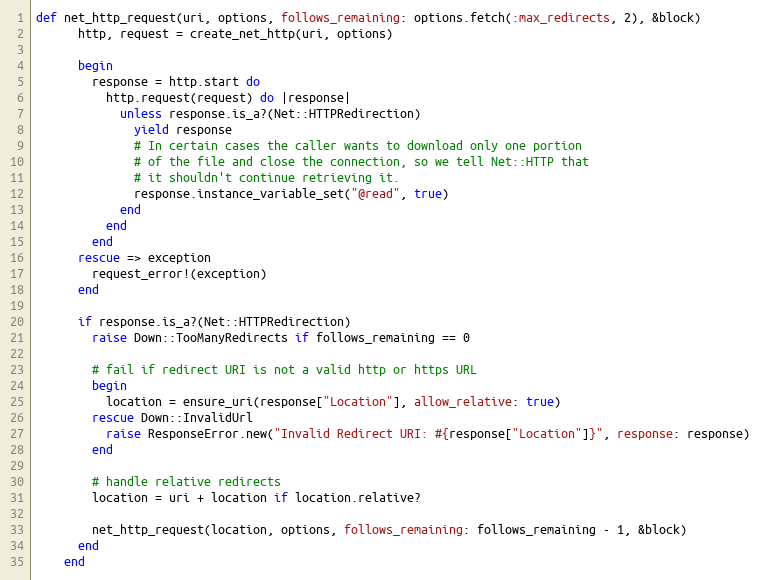
Language: Ruby
def net_http_request(uri, options, follows_remaining: options.fetch(:max_redirects, 2), &block)
      http, request = create_net_http(uri, options)

      begin
        response = http.start do
          http.request(request) do |response|
            unless response.is_a?(Net::HTTPRedirection)
              yield response
              # In certain cases the caller wants to download only one portion
              # of the file and close the connection, so we tell Net::HTTP that
              # it shouldn't continue retrieving it.
              response.instance_variable_set("@read", true)
            end
          end
        end
      rescue => exception
        request_error!(exception)
      end

      if response.is_a?(Net::HTTPRedirection)
        raise Down::TooManyRedirects if follows_remaining == 0

        # fail if redirect URI is not a valid http or https URL
        begin
          location = ensure_uri(response["Location"], allow_relative: true)
        rescue Down::InvalidUrl
          raise ResponseError.new("Invalid Redirect URI: #{response["Location"]}", response: response)
        end

        # handle relative redirects
        location = uri + location if location.relative?

        net_http_request(location, options, follows_remaining: follows_remaining - 1, &block)
      end
    end